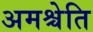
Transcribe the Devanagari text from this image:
अमश्चेति